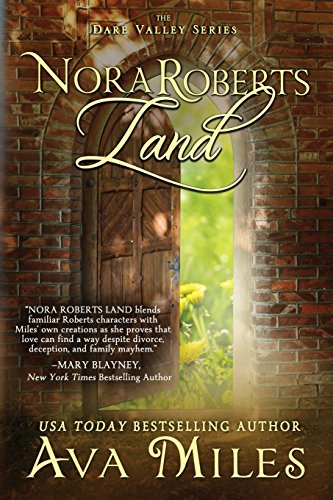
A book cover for Nora Roberts Land; Ava Miles; Romance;